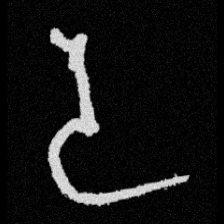
Pyu character \u2014 Myanmar letter: ဒ (romanized: da)